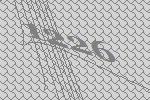
1226